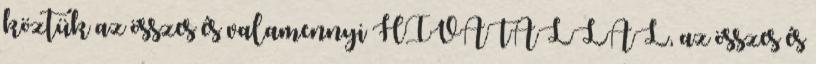
köztük az összes és valamennyi HIVATALLAL, az összes és